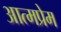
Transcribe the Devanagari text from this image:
आत्मप्रेम